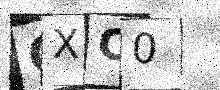
Text: CXC0